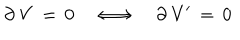
\partial \, { \bf V } \, = \, 0 \quad \Longleftrightarrow \quad \partial \, { \bf V } ^ { \prime } \, = \, 0